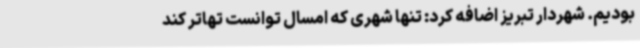
بودیم. شهردار تبریز اضافه کرد: تنها شهری که امسال توانست تهاتر کند